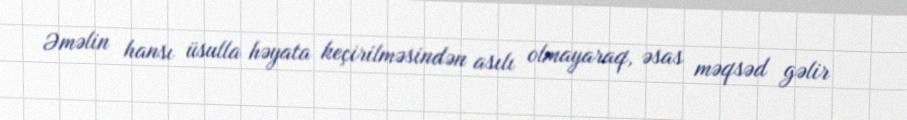
Əməlin hansı üsulla həyata keçirilməsindən asılı olmayaraq, əsas məqsəd gəlir